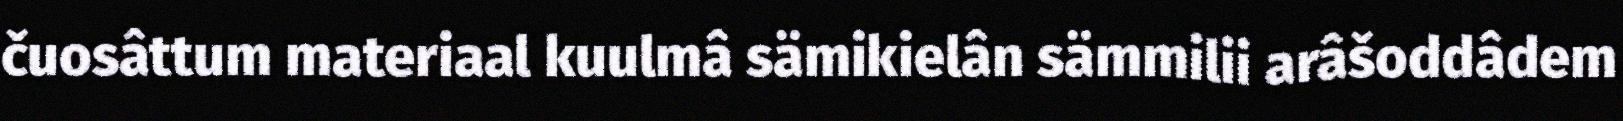
čuosâttum materiaal kuulmâ sämikielân sämmilii arâšoddâdem